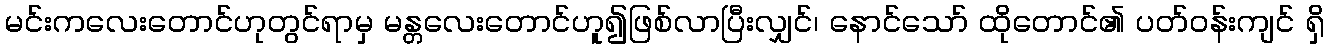
မင်းကလေးတောင်ဟုတွင်ရာမှ မန္တလေးတောင်ဟူ၍ဖြစ်လာပြီးလျှင်၊ နောင်သော် ထိုတောင်၏ ပတ်ဝန်းကျင် ရှိ